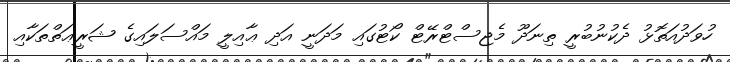
ހުވަދުއަތޮޅު ދެކުނުބުރީ ތިނަދޫ މެޖިސްޓްރޭޓް ކޯޓުގައި މަދަނީ އަދި ޢާއިލީ މައްސަލައިގެ ޝަރީޢަތްތަކާއި